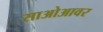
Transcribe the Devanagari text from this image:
साओआवर